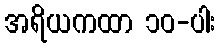
အရိယကထာ ၁၀-ပါး